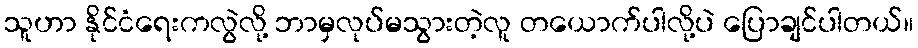
သူဟာ နိုင်ငံရေးကလွဲလို့ ဘာမှလုပ်မသွားတဲ့လူ တယောက်ပါလို့ပဲ ပြောချင်ပါတယ်။